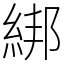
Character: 綁